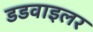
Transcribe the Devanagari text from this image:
डडवाइलर